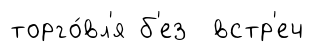
торго́вл'я б'ез встр'еч